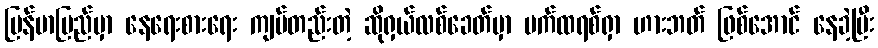
မြန်မာပြည်မှာ နေရေးစားရေး ကျပ်တည်းတဲ့ ဆိုရှယ်လစ်ခေတ်မှာ ပက်ထရစ်ရှာ ဟားဘတ် ဖြစ်အောင် နေခဲ့ပြီး